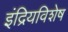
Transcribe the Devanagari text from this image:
इंद्रियविशेष